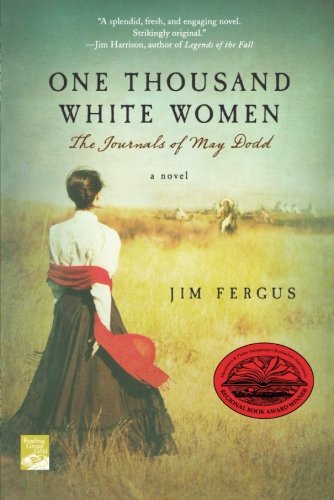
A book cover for One Thousand White Women: The Journals of May Dodd; Jim Fergus; Literature & Fiction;